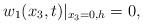
LaTeX: \begin{align*}w_1(x_3,t)|_{x_3=0,h}=0,\end{align*}